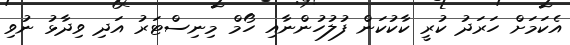
އެކަމަށް ހަރަދު ކުރީ ކާކުކަން ފުލުހުންނާއި ހޯމް މިނިސްޓަރު އަދި ވިދާޅު ނުވި